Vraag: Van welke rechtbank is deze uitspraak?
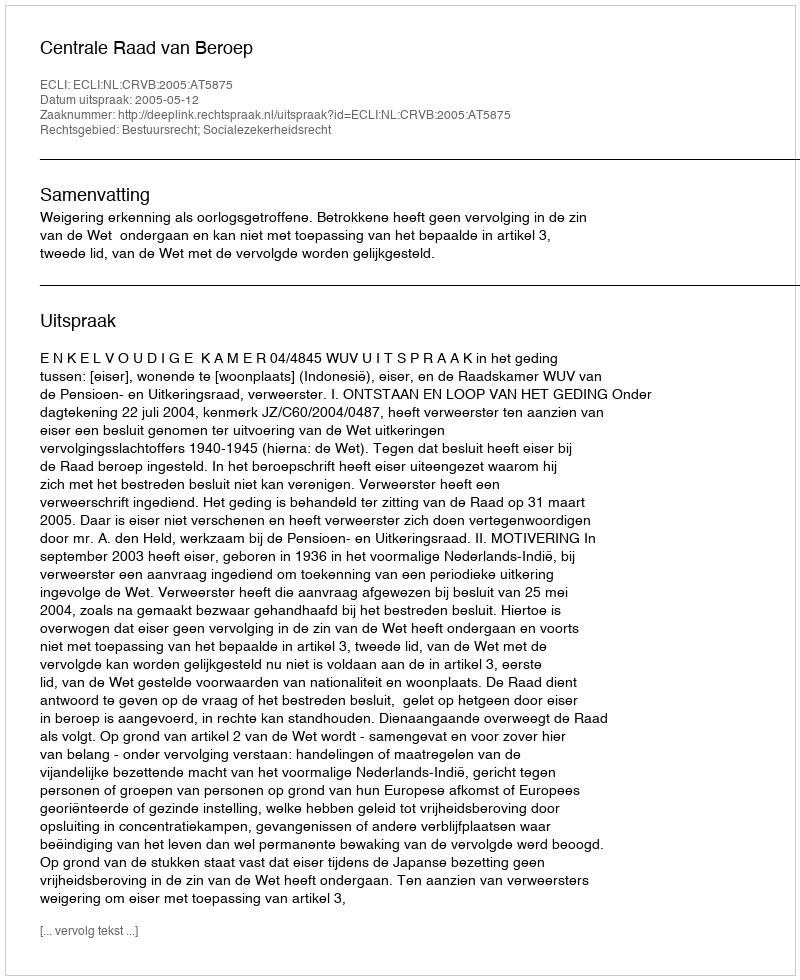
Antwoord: Centrale Raad van Beroep